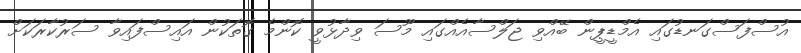
އުސްފަސްގަނޑުގައި އެމްޑީޕީން ބޭއްވި ޖަލްސާއެއްގައި މޫސަ ވިދާޅުވީ ކޮންމެ ގޮތަކުން އައިސްފައިވާ ސަރުކާރަކަށް